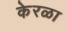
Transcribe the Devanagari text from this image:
केरळा